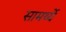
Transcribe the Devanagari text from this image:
सामर्थ्ये